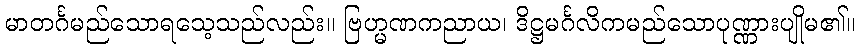
မာတင်္ဂမည်သောရသေ့သည်လည်း။ ဗြဟ္မဏကညာယ၊ ဒိဋ္ဌမင်္ဂလိကမည်သောပုဏ္ဏားပျိုမ၏။